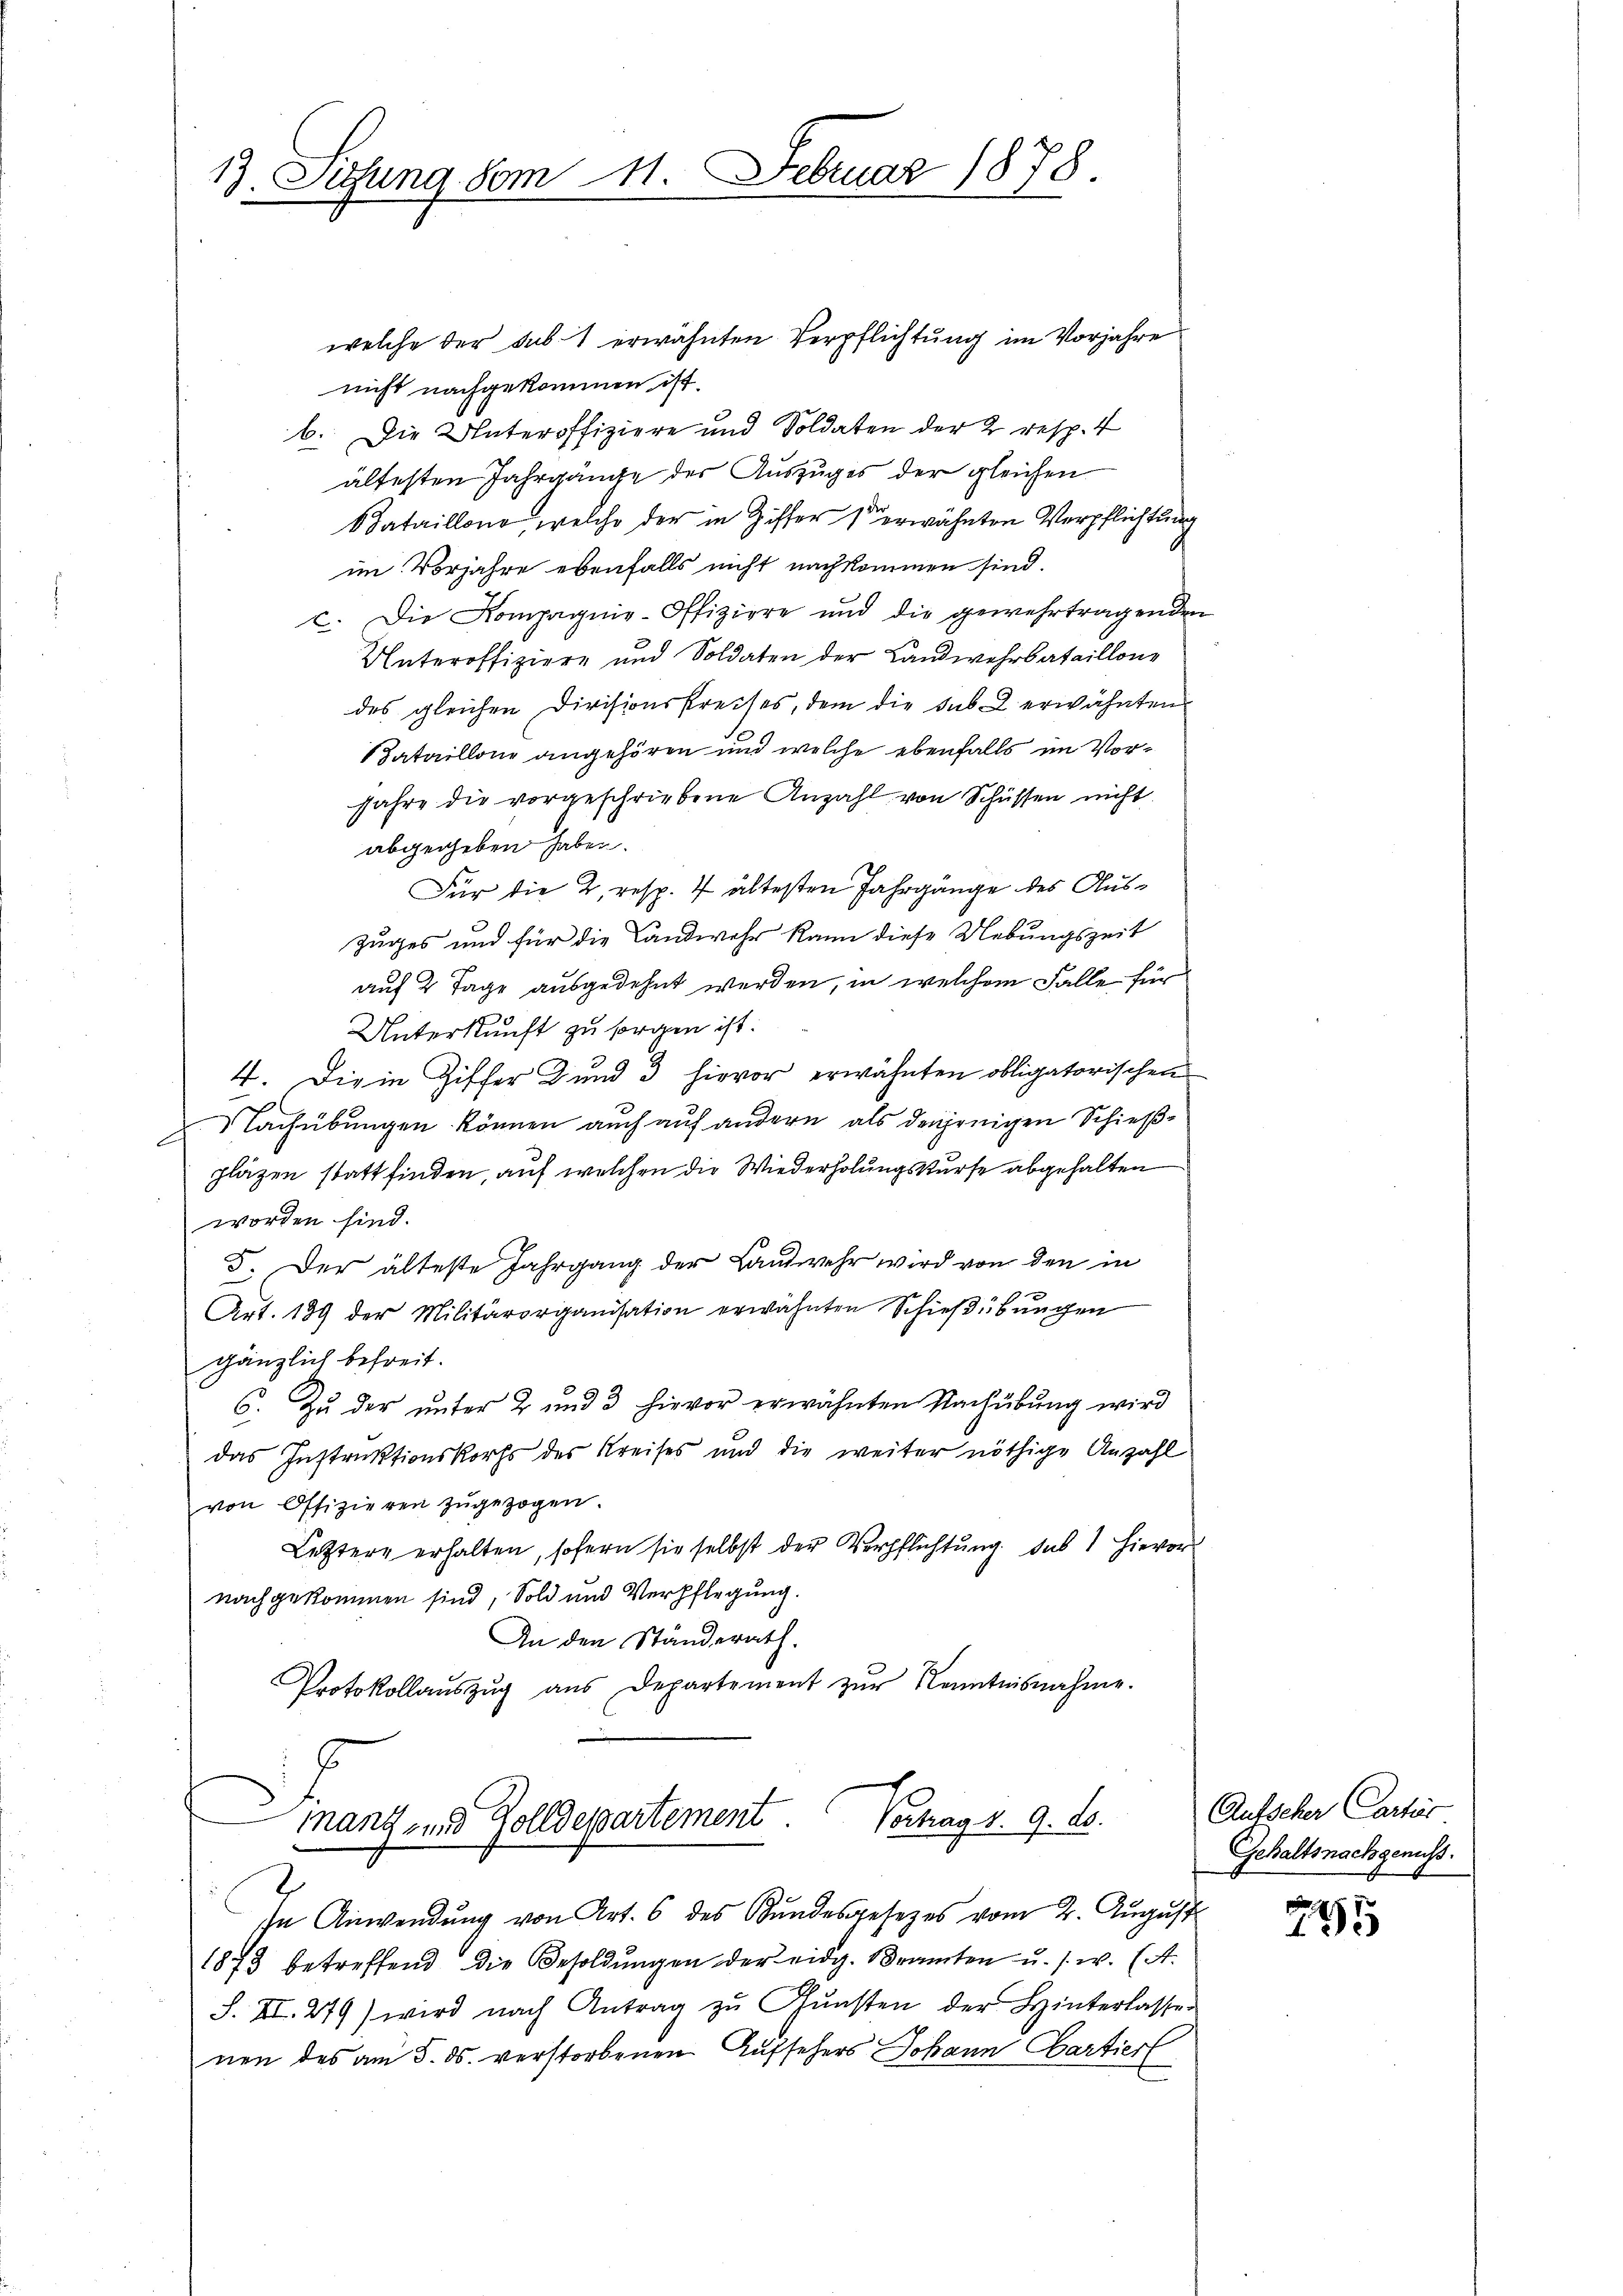
13. Sufung vom 1. Februar 1878

welche der sub. 1 erwähnten Verpflichtung im Vorjahre
nicht nachgekommen ist.
b. Die Unteroffiziere und Soldaten der 2 resp. 4
ältesten Jahrgange des Auszuges der gleichen
Bataillone welche der in Ziffer I erwähnten Verpflichtung
im Vorjahre ebenfalls nicht nachkommen sind.
c. Die Kompagnie-Offiziere und die gewehrtragenden
Unteroffiziere und Soldaten der Landwehrbataillone
des gleichen Divisionskreises, dem die sub 2 erwähnten
ataillone angehören und welche ebenfalls im Vor¬
Jahre die vorgeschriebene Anzahl von Schüssen nicht
abgegeben haben.
Für die 2 resp. 7 ältesten Jahrgänge des Aus¬
Zuges und für die Landwehr kann diese Uebungszeit
auf 2 Tage ausgedehnt werden, in welchem Falle für
Unterkunft zu sorgen ist.
4. Die in Ziffer und 3 hievor erwähnten obligatorischen
2. Nachübungen können auch auf andern als denjenigen Schießpläzen statt finden, auf welchen die Wiederholungskurse abgehalten
worden sind.
5. Der älteste Jahrgang der Landwehr wird von den in
Art. 189 der Militärorganisation erwähnten Schießübungen
gänzlich befreit.
6. Zŭ der ŭnter 2 und 3 hievor erwähnten Nachübŭng wird
das Instruktionskorps des Kreises und die weiter nöthige Anzahl
von Offizieren zŭgezogen.
Letztere erhalten, sofern sie selbst der Verpflichtung das hievor
nachgekommen sind, Sold und Verpflegung.
An den Ständerath.
Protokollaŭszŭg aŭs Departement zŭr Kenntnisnahme.
mant und Zolldepartement. Vertrag v. 9. ds.
In Anwendung von Art. 6 des Bundesgesezes vom 2. August
1873 betreffend die Besoldungen der eidg. Beamten u. s. w. (A.
S. II. 279) wird nach Antrag zŭ Gŭnsten der Hinterlasse
nen des am 5. ds. verstorbenen Aufsehers Johann Cartiert

Autscher Carter
Gehaltsnachgenuss.

9
125